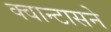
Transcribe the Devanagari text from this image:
क्वान्टासने